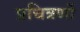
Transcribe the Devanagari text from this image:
प्रचित्रणों